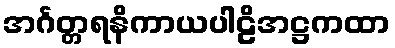
အင်္ဂတ္တရနိကာယပါဠိအဋ္ဌကထာ